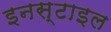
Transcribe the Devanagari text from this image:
इनस्टाइल